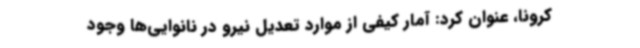
کرونا، عنوان کرد: آمار کیفی از موارد تعدیل نیرو در نانوایی‌ها وجود